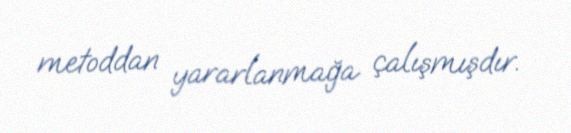
metoddan yararlanmağa çalışmışdır.